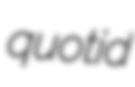
quotid